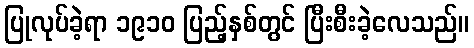
ပြုလုပ်ခဲ့ရာ ၁၉၁၀ ပြည့်နှစ်တွင် ပြီးစီးခဲ့လေသည်။